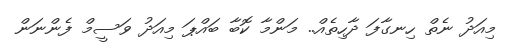
މިއަދު ނެތް ހިނގާފަ ދާހިތެއް.. މަންމާ ކޮބާ ބައްޕަ މިއަދު ވަސީމް ފެންނަން